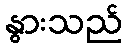
နွားသည်